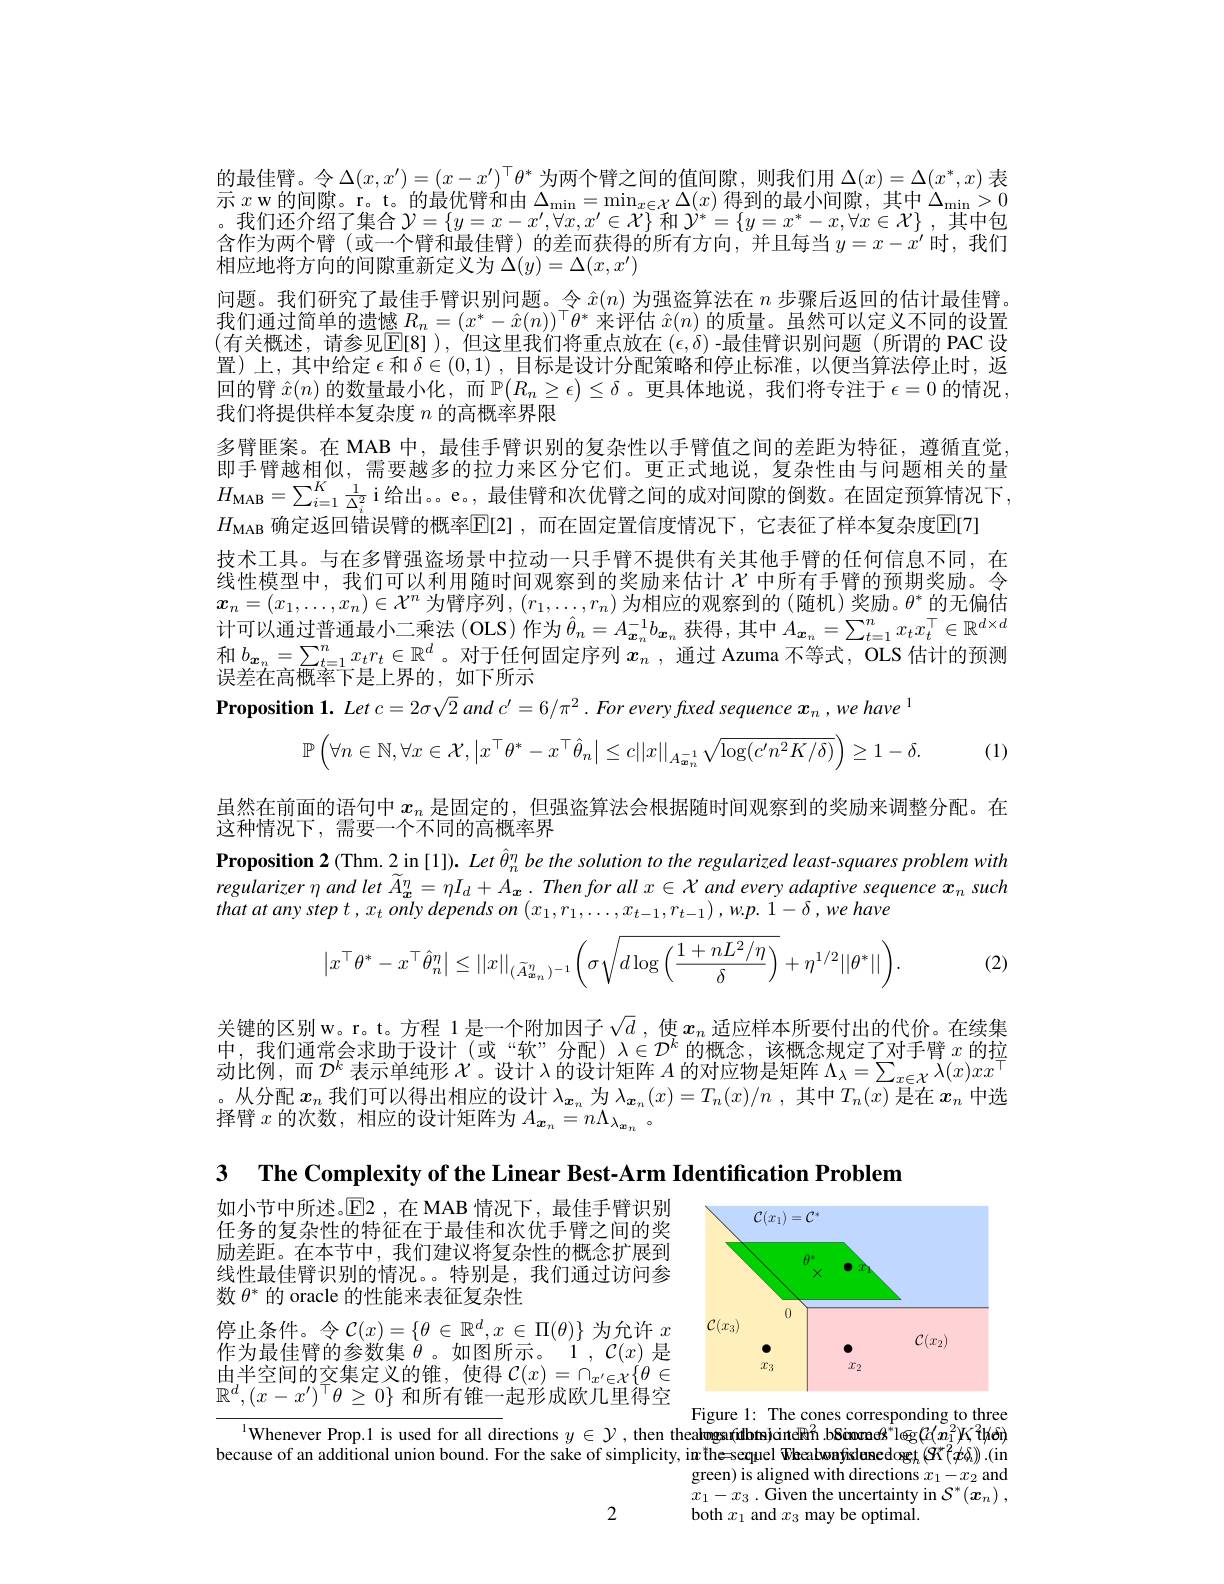
的最佳臂。令$\Delta(x,x^{\prime})=(x-x^{\prime})^\top\theta^*$为两个臂之间的值间隙，则我们用$\Delta(x)=\Delta(x^*,x)$表示$x$w的间隙。r。t。的最优臂和由$\Delta_\mathrm{min}=\min_{x\in\mathcal{X}}\Delta(x)$得到的最小间隙，其中$\Delta_\mathrm{min}>0$ 。我们还介绍了集合$\mathcal{Y}=\{y=x-x^{\prime},\forall x,x^{\prime}\in\mathcal{X}\}$和$\mathcal{Y} ^* = \{ y= x^* - x, \forall x\in \mathcal{X} \}$ ,其中包含作为两个臂(或一个臂和最佳臂)的差而获得的所有方向，并且每当$y=x-x^\prime$ 时，我们相应地将方向的间隙重新定义为$\Delta(y)=\Delta(x,x^{\prime})$
问题。我们研究了最佳手臂识别问题。令$\hat{x}(n)$为强盗算法在$n$步骤后返回的估计最佳臂。我们通过简单的遗憾$R_n=(x^*-\hat{x}(n))^\top\theta^*$来评估$\hat{x}(n)$的质量。虽然可以定义不同的设置(有关概述，请参见$\mathbb{E}[8])$,但这里我们将重点放在$(\epsilon,\delta)$-最佳臂识别问题(所谓的 PAC 设置)上，其中给定$\epsilon$和$\delta\in(0,1)$ ,目标是设计分配策略和停止标准，以便当算法停止时，返回的臂$\hat{x}(n)$的数量最小化，而$\mathbb{P}(R_n\geq\epsilon)\leq\delta$。更具体地说，我们将专注于$\epsilon=0$的情况， 我们将提供样本复杂度$n$的高概率界限
多臂匪案。在 MAB 中，最佳手臂识别的复杂性以手臂值之间的差距为特征，遵循直觉即手臂越相似，需要越多的拉力来区分它们。更正式地说，复杂性由与问题相关的量$H_{\mathrm{MAB}}=\sum_{i=1}^K\frac1{\Delta_i^2}$i给出。e。,最佳臂和次优臂之间的成对间隙的倒数。在固定预算情况下， $H_\mathrm{MAB}\bar{\text{确定返回错误臂的概率}\mathbb{E}}[2],\bar{\text{而在固定置信度情况下，它表征了样本复杂度E[7]}}$
技术工具。与在多臂强盗场景中拉动一只手臂不提供有关其他手臂的任何信息不同，在线性模型中，我们可以利用随时间观察到的奖励来估计$\chi$ 中所有手臂的预期奖励。令$\boldsymbol{x}_n=(x_1,\ldots,x_n)\in\mathcal{X}^n$ 为臂序列$,(r_1,\ldots,r_n)$ 为相应的观察到的 (随机) 奖励。$\theta^*$ 的无偏估计 可 以 通 过 普 通 最 小 二 乘 法 ( OLS) 作 为 $\hat{\theta } _n= A_{\boldsymbol{x}_n}^{- 1}b_{\boldsymbol{x}_n}$ 获 得 , 其 中 $A_{\boldsymbol{x}_n}= \sum _{t= 1}^nx_tx_t^\top \in \mathbb{R} ^{d\times d}$ 和$b_{\boldsymbol{x}_n}=\sum_{t=1}^nx_tr_t\in\mathbb{R}^d$。对于任何固定序列$x_n$ ,通过 Azuma 不等式，OLS 估计的预测误差在高概率下是上界的，如下所示
$\textbf{Proposition 1. Let }c= 2\sigma \sqrt {2}$ and $c^{\prime }= 6/ \pi ^{2}$ . For every fuxed sequence $x_{n}$ $, we$ $have^{1}$
$$\mathbb{P}\left(\forall n\in\mathbb{N},\forall x\in\mathcal{X},\left|x^\top\theta^*-x^\top\hat{\theta}_n\right|\leq c||x||_{A_{\boldsymbol{x}_n}^{-1}}\sqrt{\log(c'n^2K/\delta)}\right)\geq1-\delta.$$
(1)

虽然在前面的语句中$x_n$是固定的，但强盗算法会根据随时间观察到的奖励来调整分配。在

这种情况下，需要一个不同的高概率界

$\textbf{Proposition 2( Thm. 2}\lim _{\sim }\left [ 1\right ] ) . \textit{Let }_{n}^{n}$ be the solution to the regularized least-squares problem with regularizer $\eta$ and let $A_{\boldsymbol{x}}^{n}= \eta I_{d}+ A_{\boldsymbol{x}}. \textit{Then for all }x\in \mathcal{X}$ and every adaptive sequence $x_n$ such that $at$ any step $t$ $, x_{t}$ only depends $on$ $( x_{1}, r_{1}, \ldots , x_{t- 1}, r_{t- 1})$ , $w. p.$ $1- \delta$ , $we$ have
$$\left|x^\top\theta^*-x^\top\hat{\theta}_n^\eta\right|\leq||x||_{(\widetilde{A}_{\boldsymbol{x}_n}^\eta)^{-1}}\left(\sigma\sqrt{d\log\left(\frac{1+nL^2/\eta}{\delta}\right)}+\eta^{1/2}||\theta^*||\right).$$
(2)

关键的区别w。r。t。方程 1 是一个附加因子$\sqrt{d}$ ,使$x_n$适应样本所要付出的代价。在续集中，我们通常会求助于设计(或“软”分配)$\lambda\in\mathcal{D}^k$的概念，该概念规定了对手臂$x$的拉动比例，而$\mathcal{D}^k$表示单纯形$\mathcal{X}$。设计$\lambda$的设计矩阵$A$的对应物是矩阵$\Lambda_\lambda=\sum_{x\in\mathcal{X}}\lambda(x)xx$ 。从分配$x_n$我们可以得出相应的设计$\lambda_\boldsymbol{x}_n$为$\lambda_\boldsymbol{x}_n(x)=T_n(x)/n$ ,其中$T_n(x)$是在$x_n$中选择臂$x$的次数，相应的设计矩阵为$A_{\boldsymbol{x}_n}=n\Lambda_{\lambda_{\boldsymbol{x}_n}}$。

3 $\textbf{The Complexity of the Linear Best- Arm Identification Problem}$

<FigureHere>

如小节中所述。$\operatorname{E2}$,在 MAB 情况下，最佳手臂识别任务的复杂性的特征在于最佳和次优手臂之间的奖励差距。在本节中，我们建议将复杂性的概念扩展到线性最佳臂识别的情况。。特别是，我们通过访问参数$\theta^*$的 oracle 的性能来表征复杂性
停止条件。令$\mathcal{C}(x)=\{\theta\in\mathbb{R}^d,x\in\Pi(\theta)\}$为允许$x$ 作为最佳臂的参数集$\dot{\theta}$。如图所示。1, $\mathcal{C}(x)$是$由 半 空 间 的 交 集 定 义 的 锥 , 使 得$ $\mathcal{C} ( x) = \cap _{x^{\prime }\in \mathcal{X} }\{ \theta \in$ $\overline{\mathbb{R}}^d,(x-x^{\prime})^\top\theta\geq0\}$和所有锥一起形成欧几里得空

Figure 1: The cones corresponding to three
$^{1}$Whenever Prop.1 is used for all directions $y\in\mathcal{Y}$, then thealwgsr(dbts)dintel$\hat\text{R\'{h}n}.$bSimone$\theta^{*}$leg$(\bar{\alpha}_1^2)$K$^2$líkéh) because of an additional union bound. For the sake of simplicity, in'thesequel Wheabwnfislanedoget $(S^*(x\delta_{\mathrm{h}})).($in
$\begin{array}{l}\mathrm{green)~is~aligned~with~directions~}x_{1}-x_{2}\mathrm{~and}\\x_{1}-x_{3}\:.\text{Given the uncertainty in }S^{*}(\boldsymbol{x}_{n})\:,\end{array}$

2

both $x_1$ and $x_3$ may be optimal